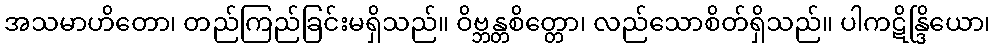
အသမာဟိတော၊ တည်ကြည်ခြင်းမရှိသည်။ ဝိဗ္ဘန္တစိတ္တော၊ လည်သောစိတ်ရှိသည်။ ပါကဋိန္ဒြိယော၊